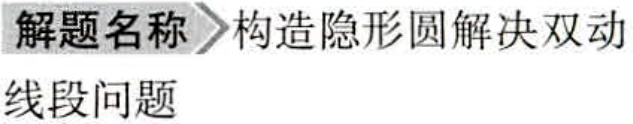
解题名称 构造隐形圆解决双动
线段问题